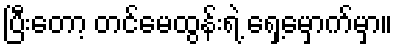
ပြီးတော့ တင်မေထွန်းရဲ့ ရှေ့မှောက်မှာ။